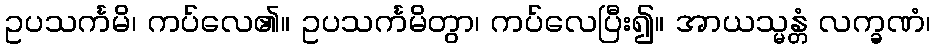
ဥပသင်္ကမိ၊ ကပ်လေ၏။ ဥပသင်္ကမိတွာ၊ ကပ်လေပြီး၍။ အာယသ္မန္တံ လက္ခဏံ၊